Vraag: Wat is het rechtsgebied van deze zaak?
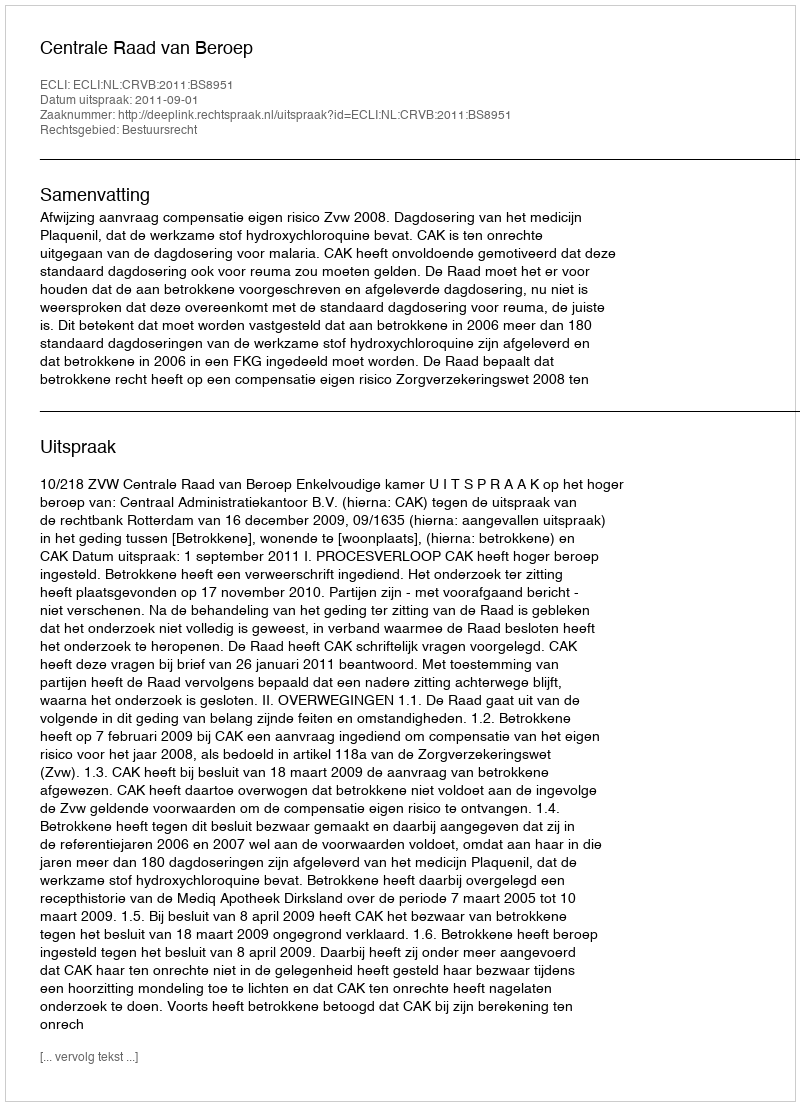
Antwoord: Bestuursrecht